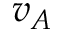
v _ { A }